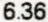
6.36